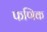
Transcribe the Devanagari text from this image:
फणिक